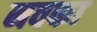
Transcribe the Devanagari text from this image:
नवका